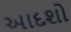
આદશો